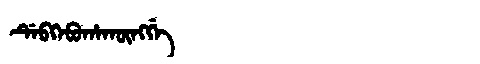
Manchu: ᡩᡝᠪᡴᡝᠪᡠᡥᠠᡴᡡᠩᡤᡝ
Romanization: DEBKEBUHAKŪNGGE